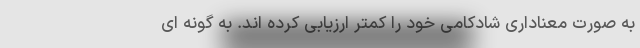
به صورت معناداری شادکامی خود را کمتر ارزیابی کرده اند. به گونه ای